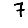
Digit: 7